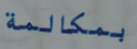
بمكالمة